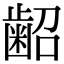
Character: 𮯃